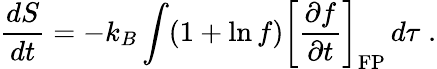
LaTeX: \frac{dS}{dt}=-k_{B}\int(1+\ln f){\left[\frac{\partial f}{\partial t}\right]}_{\mathrm{FP}}\, d\tau\; .